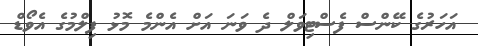
އަހަރުގެ ކޭންސް ފެސްޓިވަލް ދެ ވަނަ އަށް އެންމެ މޮޅު ފިލްމުގެ އެވޯޑް